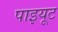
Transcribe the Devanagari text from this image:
पाइयूट